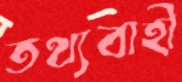
তথ্যবাহী